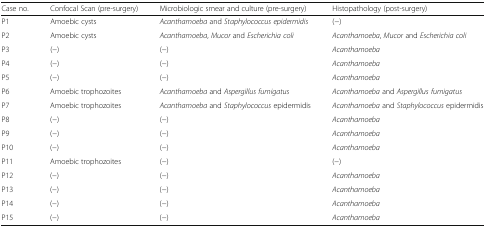
| Case no. | Confocal Scan (pre-surgery) | Microbiologic smear and culture (pre-surgery) | Histopathology (post-surgery) |
 | --- | --- | --- | --- |
 | P1 | Amoebic cysts | Acanthamoeba and Staphylococcus epidermidis | (−) |
 | P2 | Amoebic cysts | Acanthamoeba, Mucor and Escherichia coli | Acanthamoeba, Mucor and Escherichia coli |
 | P3 | (−) | (−) | Acanthamoeba |
 | P4 | (−) | (−) | Acanthamoeba |
 | P5 | (−) | (−) | Acanthamoeba |
 | P6 | Amoebic trophozoites | Acanthamoeba and Aspergillus fumigatus | Acanthamoeba and Aspergillus fumigatus |
 | P7 | Amoebic trophozoites | Acanthamoeba and Staphylococcus epidermidis | Acanthamoeba and Staphylococcus epidermidis |
 | P8 | (−) | (−) | Acanthamoeba |
 | P9 | (−) | (−) | Acanthamoeba |
 | P10 | (−) | (−) | Acanthamoeba |
 | P11 | Amoebic trophozoites | (−) | (−) |
 | P12 | (−) | (−) | Acanthamoeba |
 | P13 | (−) | (−) | Acanthamoeba |
 | P14 | (−) | (−) | Acanthamoeba |
 | P15 | (−) | (−) | Acanthamoeba |